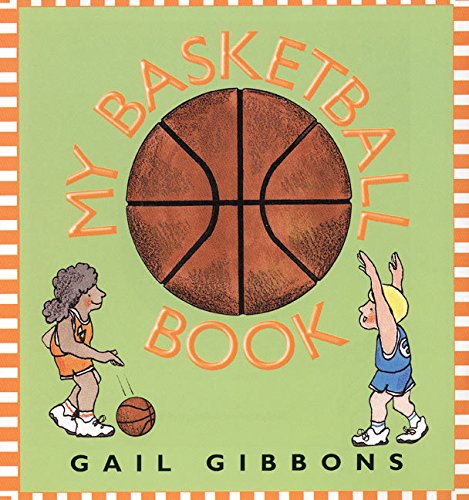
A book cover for My Basketball Book; Gail Gibbons; Children's Books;